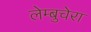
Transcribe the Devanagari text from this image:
लेम्बुचेरा